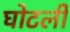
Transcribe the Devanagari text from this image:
घोटली